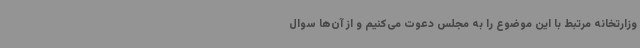
وزارتخانه مرتبط با این موضوع را به مجلس دعوت می‌کنیم و از آن‌ها سوال